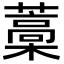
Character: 藁